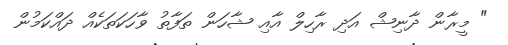
" މީރާން ދާނިޝް އަދި ރާހިލް އާއި ޝާހަން ތަފާތު ވާހަކަތަކެއް ދައްކަމުން